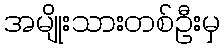
အမျိုးသားတစ်ဦးမှ